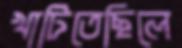
খাটিতেছিলে